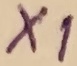
Text: X1